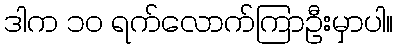
ဒါက ၁၀ ရက်လောက်ကြာဦးမှာပါ။